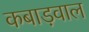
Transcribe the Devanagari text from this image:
कबाड़वाल